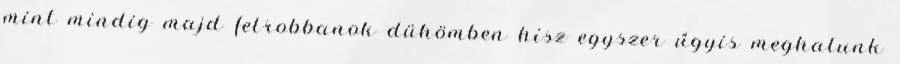
mint mindig majd felrobbanok dühömben hisz egyszer úgyis meghalunk